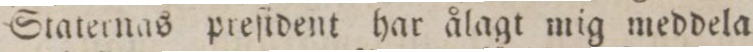
Staternas preſident har ålagt mig meddela